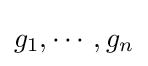
g_{1},\cdots ,g_{n}